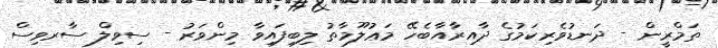
ތަމްރީން - ދަނޑުވެރިކަމުގެ ދާއިރާއާބެހޭ މަޢުލޫމާތު ލިބިފައިވާ މިންވަރު - ސިވިލް ސާރވިސް